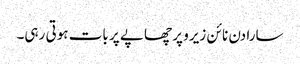
سارا دن نا ئن زیرو پر چھاپے پر بات ہوتی رہی۔